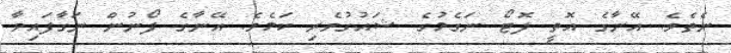
ނެތެވެ. އޭނާގެ އޮތީ ފޮޓޯ ނަގެމުގެ ޝައުގުވެރި ކަމެވެ. އޭނާގެ ފޯނުން ނަގާފައިވާ